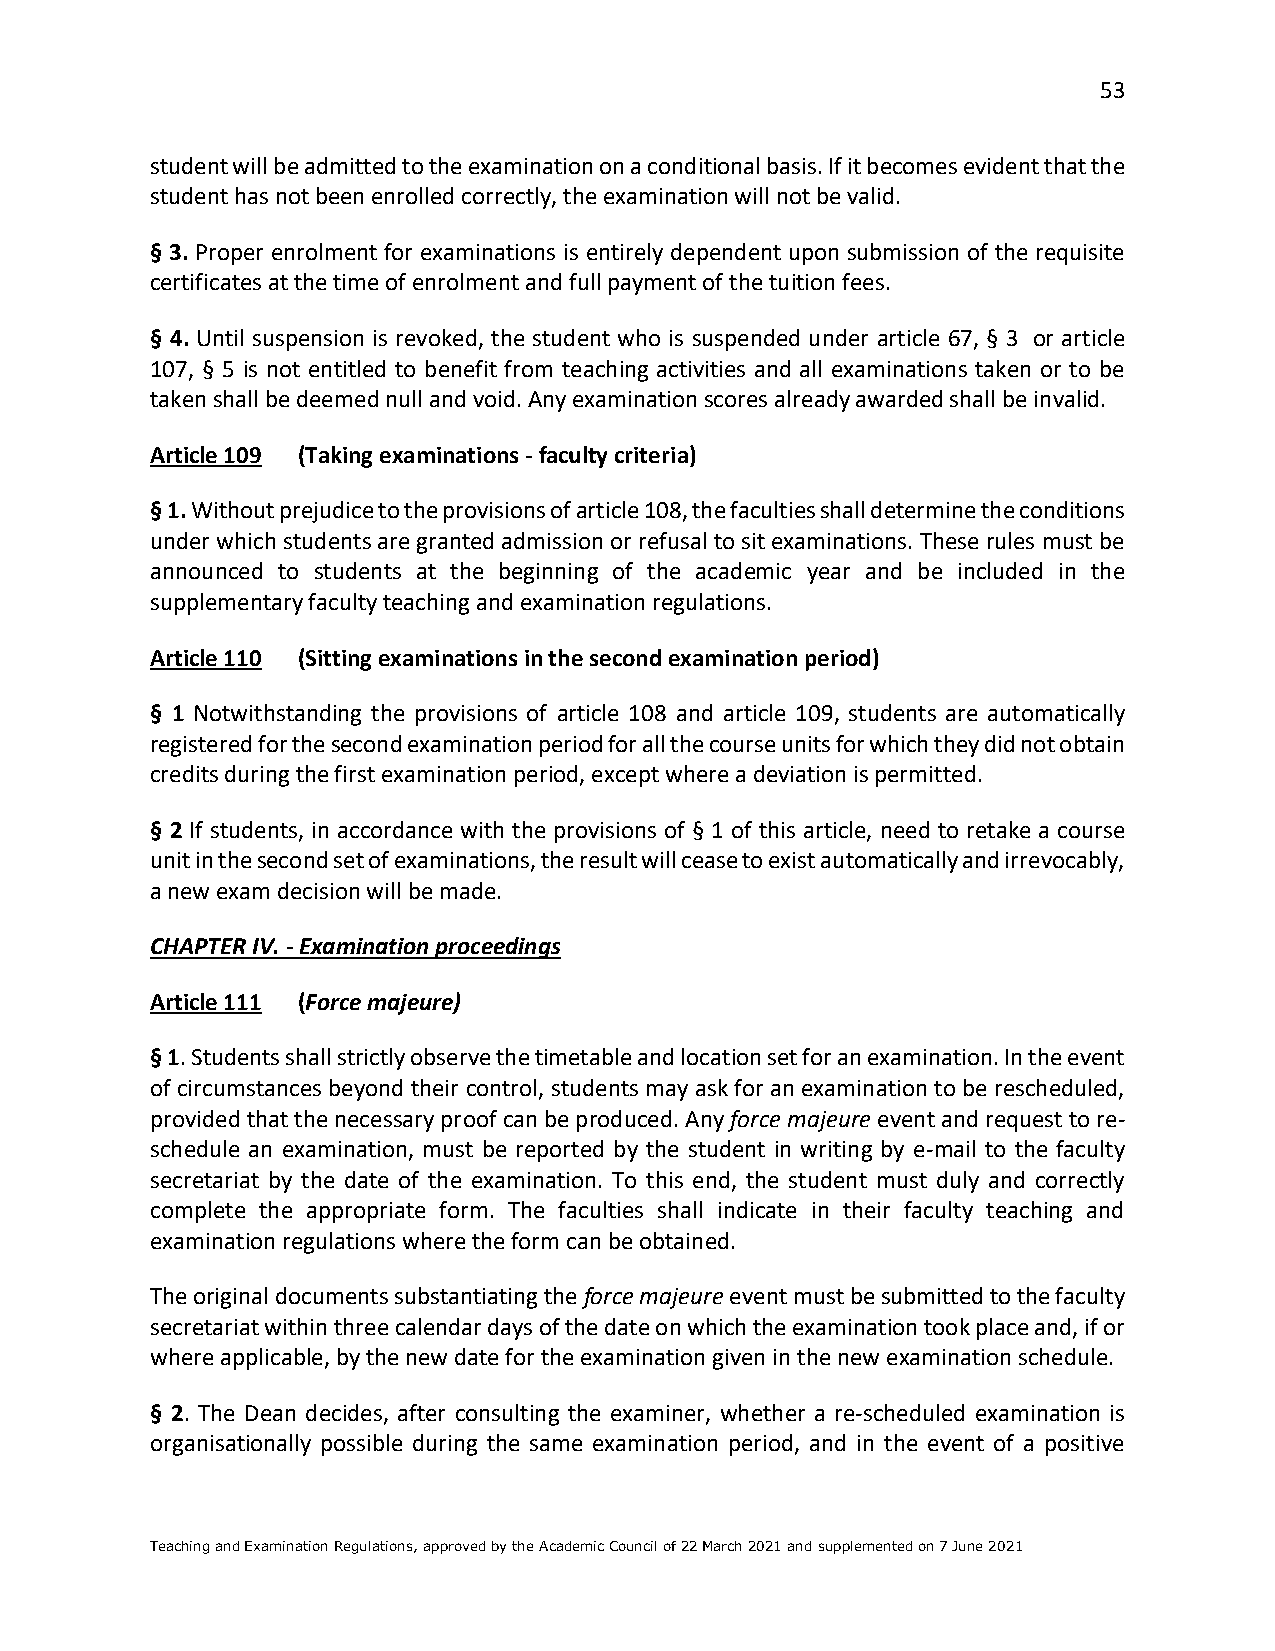
53
 student will be admitted to the examination on a conditional basis. If it becomes evident that the
 student has not been enrolled correctly, the examination will not be valid.
 § 3. Proper enrolment for examinations is entirely dependent upon submission of the requisite
 certificates at the time of enrolment and full payment of the tuition fees.
 § 4. Until suspension is revoked, the student who is suspended under article 67, § 3 or article
 107, § 5 is not entitled to benefit from teaching activities and all examinations taken or to be
 taken shall be deemed null and void. Any examination scores already awarded shall be invalid.
 Article 109 (Taking examinations - faculty criteria)
 § 1. Without prejudice to the provisions of article 108, the faculties shall determine the conditions
 under which students are granted admission or refusal to sit examinations. These rules must be
 announced to students at the beginning of the academic year and be included in the
 supplementary faculty teaching and examination regulations.
 Article 110 (Sitting examinations in the second examination period)
 § 1 Notwithstanding the provisions of article 108 and article 109, students are automatically
 registered for the second examination period for all the course units for which they did not obtain
 credits during the first examination period, except where a deviation is permitted.
 § 2 If students, in accordance with the provisions of § 1 of this article, need to retake a course
 unit in the second set of examinations, the result will cease to exist automatically and irrevocably,
 a new exam decision will be made.
 CHAPTER IV. - Examination proceedings
 Article 111 (Force majeure)
 § 1. Students shall strictly observe the timetable and location set for an examination. In the event
 of circumstances beyond their control, students may ask for an examination to be rescheduled,
 provided that the necessary proof can be produced. Any force majeure event and request to re-
 schedule an examination, must be reported by the student in writing by e-mail to the faculty
 secretariat by the date of the examination. To this end, the student must duly and correctly
 complete the appropriate form. The faculties shall indicate in their faculty teaching and
 examination regulations where the form can be obtained.
 The original documents substantiating the force majeure event must be submitted to the faculty
 secretariat within three calendar days of the date on which the examination took place and, if or
 where applicable, by the new date for the examination given in the new examination schedule.
 § 2. The Dean decides, after consulting the examiner, whether a re-scheduled examination is
 organisationally possible during the same examination period, and in the event of a positive
 Teaching and Examination Regulations, approved by the Academic Council of 22 March 2021 and supplemented on 7 June 2021